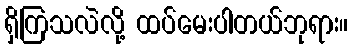
ရှိကြသလဲလို့ ထပ်မေးပါတယ်ဘုရား။